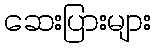
ဆေးပြားများ